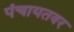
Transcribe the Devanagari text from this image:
पंचायतवर